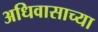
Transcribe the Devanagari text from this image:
अधिवासाच्या